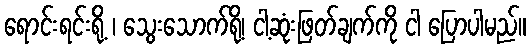
ရောင်းရင်းရို့ ၊ သွေးသောက်ရို့၊ ငါ့ဆုံးဖြတ်ချက်ကို ငါ ပြောပါမည်။